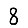
Digit: 8